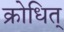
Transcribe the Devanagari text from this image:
क्रोधित्